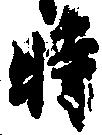
時